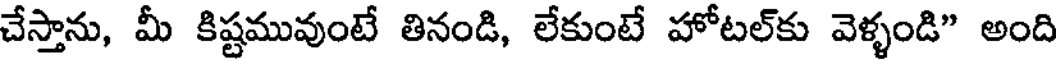
చేస్తాను, మీ కిష్టమువుంటే తినండి, లేకుంటే హోటల్కు వెళ్ళండి" అంది